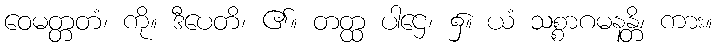
ဝေမတ္တတံ၊ ကို။ ဒီပေတိ၊ ၏။ တတ္ထ ပါဌေ၊ ၌။ ယံ သစ္စာဂမနန္တိ၊ ကား။